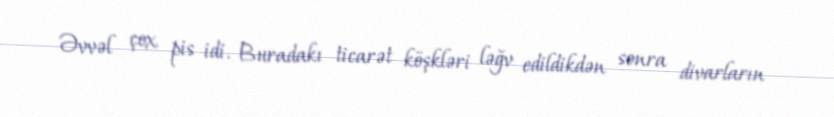
Əvvəl çox pis idi. Buradakı ticarət köşkləri ləğv edildikdən sonra divarların